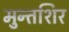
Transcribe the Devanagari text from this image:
मुन्तशिर